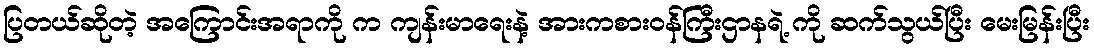
ပြတယ်ဆိုတဲ့ အကြောင်းအရာကို က ကျန်းမာရေးနဲ့ အားကစားဝန်ကြီးဌာနရဲ့ ကို ဆက်သွယ်ပြီး မေးမြန်းပြီး